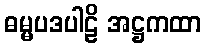
ဓမ္မပဒပါဠိ အဋ္ဌကထာ